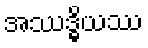
အဿဒ္ဓိယဿ